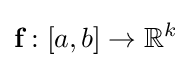
{\textbf {f}}:[a,b]\to \mathbb {R} ^{k}